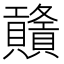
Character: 𧹃